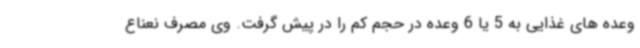
وعده های غذایی به 5 یا 6 وعده در حجم کم را در پیش گرفت. وی مصرف نعناع